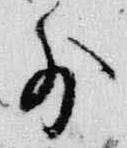
前